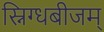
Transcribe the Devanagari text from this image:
स्निग्धबीजम्